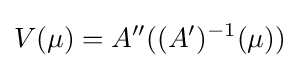
V(\mu )=A''((A')^{-1}(\mu ))